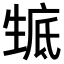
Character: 𤯰